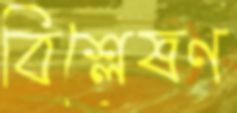
বিশ্লেষণ